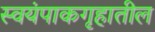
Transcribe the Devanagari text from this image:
स्वयंपाकगृहातील